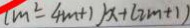
( m ^ { 2 } - 4 m + 1 ) x + ( 2 m + 1 )